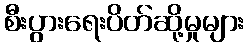
စီးပွားရေးပိတ်ဆို့မှုများ